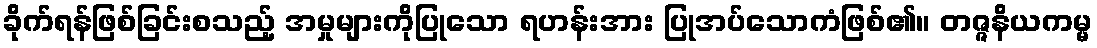
ခိုက်ရန်ဖြစ်ခြင်းစသည့် အမှုများကိုပြုသော ရဟန်းအား ပြုအပ်သောကံဖြစ်၏။ တဇ္ဇနိယကမ္မ